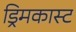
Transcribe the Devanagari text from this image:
ड्रिमकास्ट